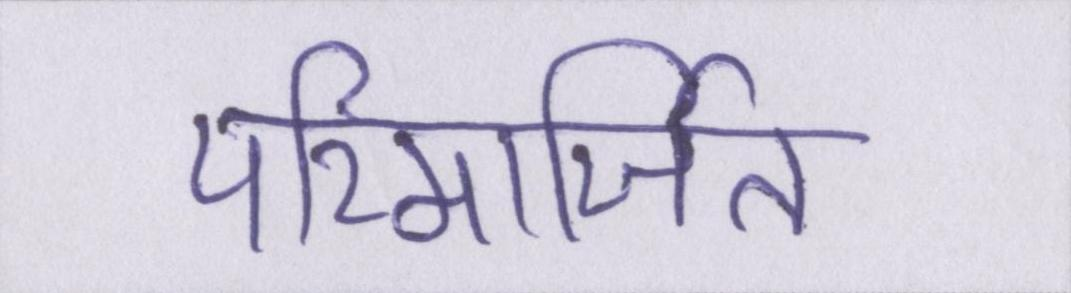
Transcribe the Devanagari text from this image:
परिमार्जित